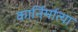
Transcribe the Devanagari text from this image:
कार्निर्मात्या